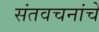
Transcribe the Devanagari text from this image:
संतवचनांचे